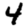
Digit: 4